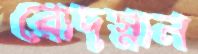
রোদস্নান